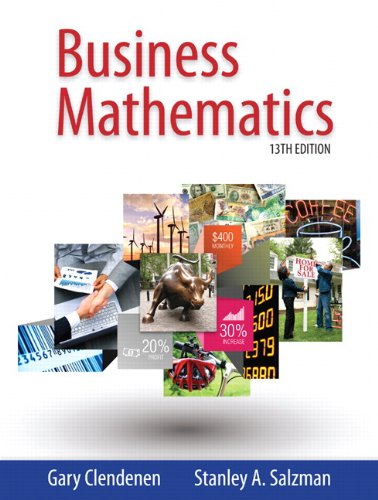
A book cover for Business Mathematics (13th Edition); Gary Clendenen; Business & Money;